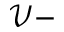
\mathcal { V } -